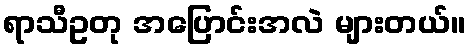
ရာသီဥတု အပြောင်းအလဲ များတယ်။